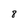
Character: 8